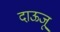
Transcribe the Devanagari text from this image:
दाऊजू